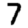
Digit: 7